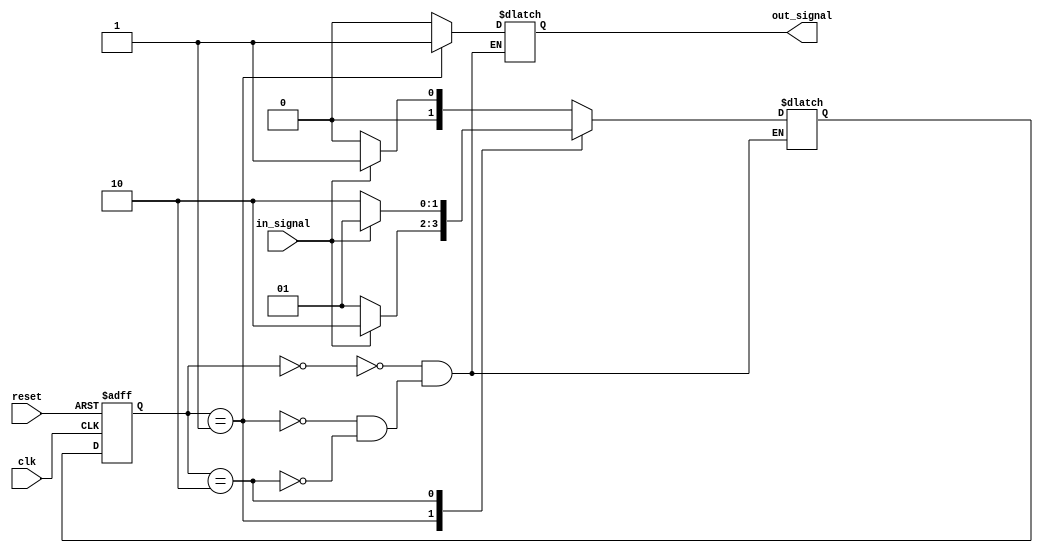
module fsm (
    input wire clk,
    input wire reset,
    input wire in_signal,
    output reg out_signal
);

// Define states
parameter IDLE = 2'b00;
parameter STATE1 = 2'b01;
parameter STATE2 = 2'b10;

// Define state register
reg [1:0] state_reg, next_state;

// Define outputs for each state
always @(*) begin
    case (state_reg)
        IDLE: begin
            out_signal = 1'b0;
            if (in_signal) begin
                next_state = STATE1;
            end else begin
                next_state = IDLE;
            end
        end
        STATE1: begin
            out_signal = 1'b1;
            if (in_signal) begin
                next_state = STATE2;
            end else begin
                next_state = STATE1;
            end
        end
        STATE2: begin
            out_signal = 1'b0;
            if (in_signal) begin
                next_state = STATE1;
            end else begin
                next_state = STATE2;
            end
        end
    endcase
end

// State transition
always @(posedge clk or posedge reset) begin
    if (reset) begin
        state_reg <= IDLE;
    end else begin
        state_reg <= next_state;
    end
end

endmodule